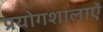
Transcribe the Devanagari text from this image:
प्रयोगशालाऐं